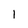
Character: 1